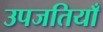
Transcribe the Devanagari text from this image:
उपजतियाँ